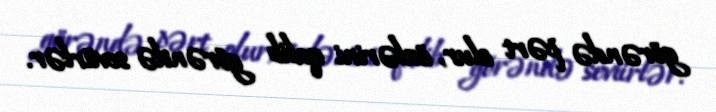
görəndə pərt olur, özlərini qalib görəndə seviirlər.